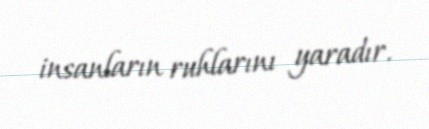
insanların ruhlarını yaradır.